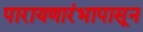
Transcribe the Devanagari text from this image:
पारायणारंभापासून